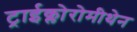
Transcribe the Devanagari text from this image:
ट्राईक्लोरोमीथेन